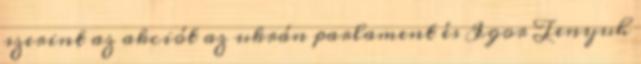
szerint az akciót az ukrán parlament és Igor Tenyuh